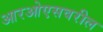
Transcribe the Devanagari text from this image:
आरओएसवरील